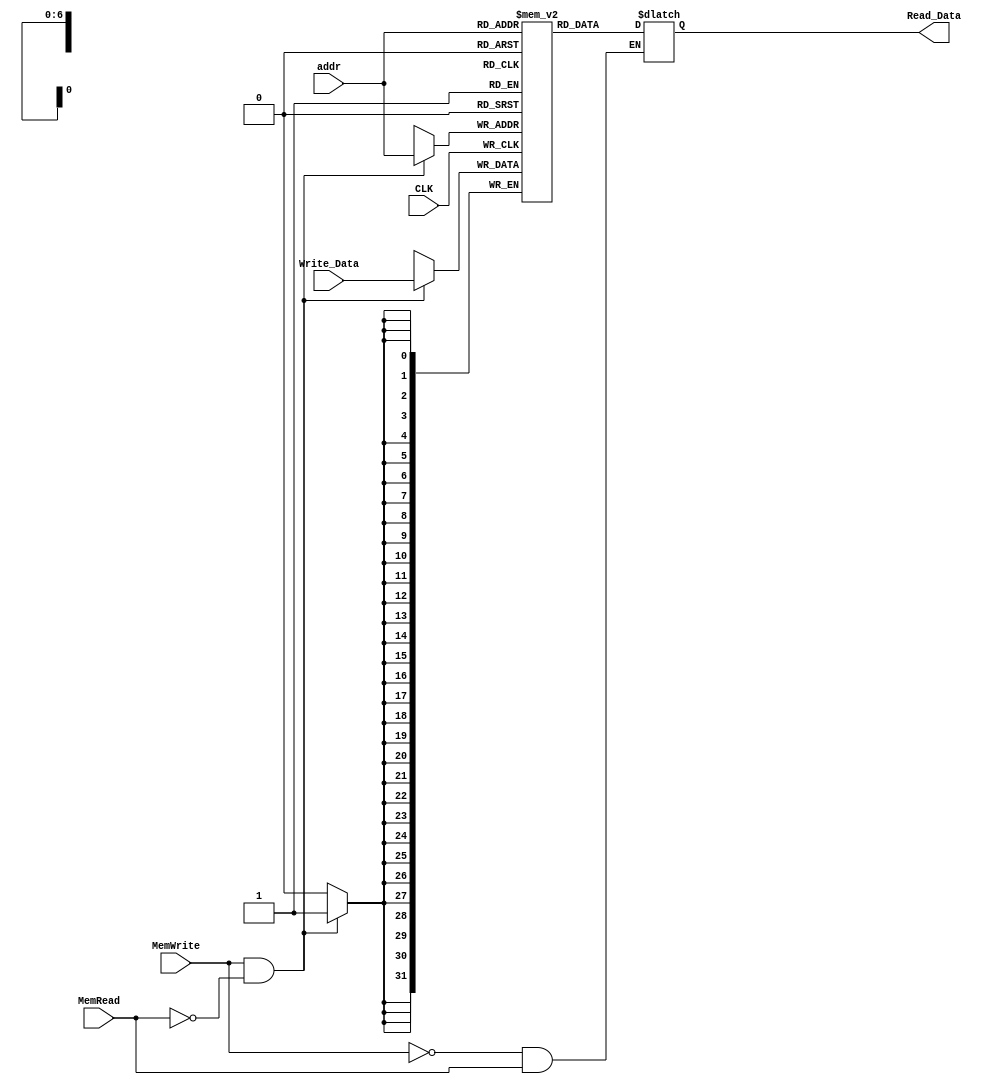
module Data_Mem(
	input CLK,
	input wire MemWrite, MemRead, // control signal
	input wire [6:0] addr,
	input wire [31:0] Write_Data,
	output reg [31:0] Read_Data );

reg [31:0] mem [0:127];  // 32-bit memory with 128 entries

always @(*)
begin
	if(MemWrite == 0 && MemRead == 1) // lw
		Read_Data = mem[addr][31:0]; 
	else
		Read_Data = Read_Data; // To avoid creating a latch
		// lw        
end

always @(posedge CLK)
begin
	if(MemWrite == 1 && MemRead == 0) // sw
		mem[addr][31:0] <= Write_Data;
end

integer i;
initial
begin
	mem[0] = 32'd1; // for s0 = 1
	mem[1] = 32'd0; // for s1 = 0
	mem[2] = 32'd0; // for s7 = 0
	mem[3] = 32'd0; // initialize
	// mem[4]	
	mem[5] = 32'd0; // initialize
	mem[6] = 32'd0; // initialize
	mem[7] = 32'd0; // initialize
	mem[8] = 32'd0; // initialize
	mem[9] = 32'd0; // initialize
	mem[10] = 32'b0101_0101_1010_1010_0101_0101_1010_1010; // 0x55aa_55aa
	mem[11] = 32'b0111_0111_1000_1000_0111_0111_1000_1000; // 0x7788_7788
	for (i=12; i<128; i = i+1) // initialize	
	begin
		mem[i] = 32'd0;
	end
end
endmodule